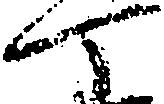
丁